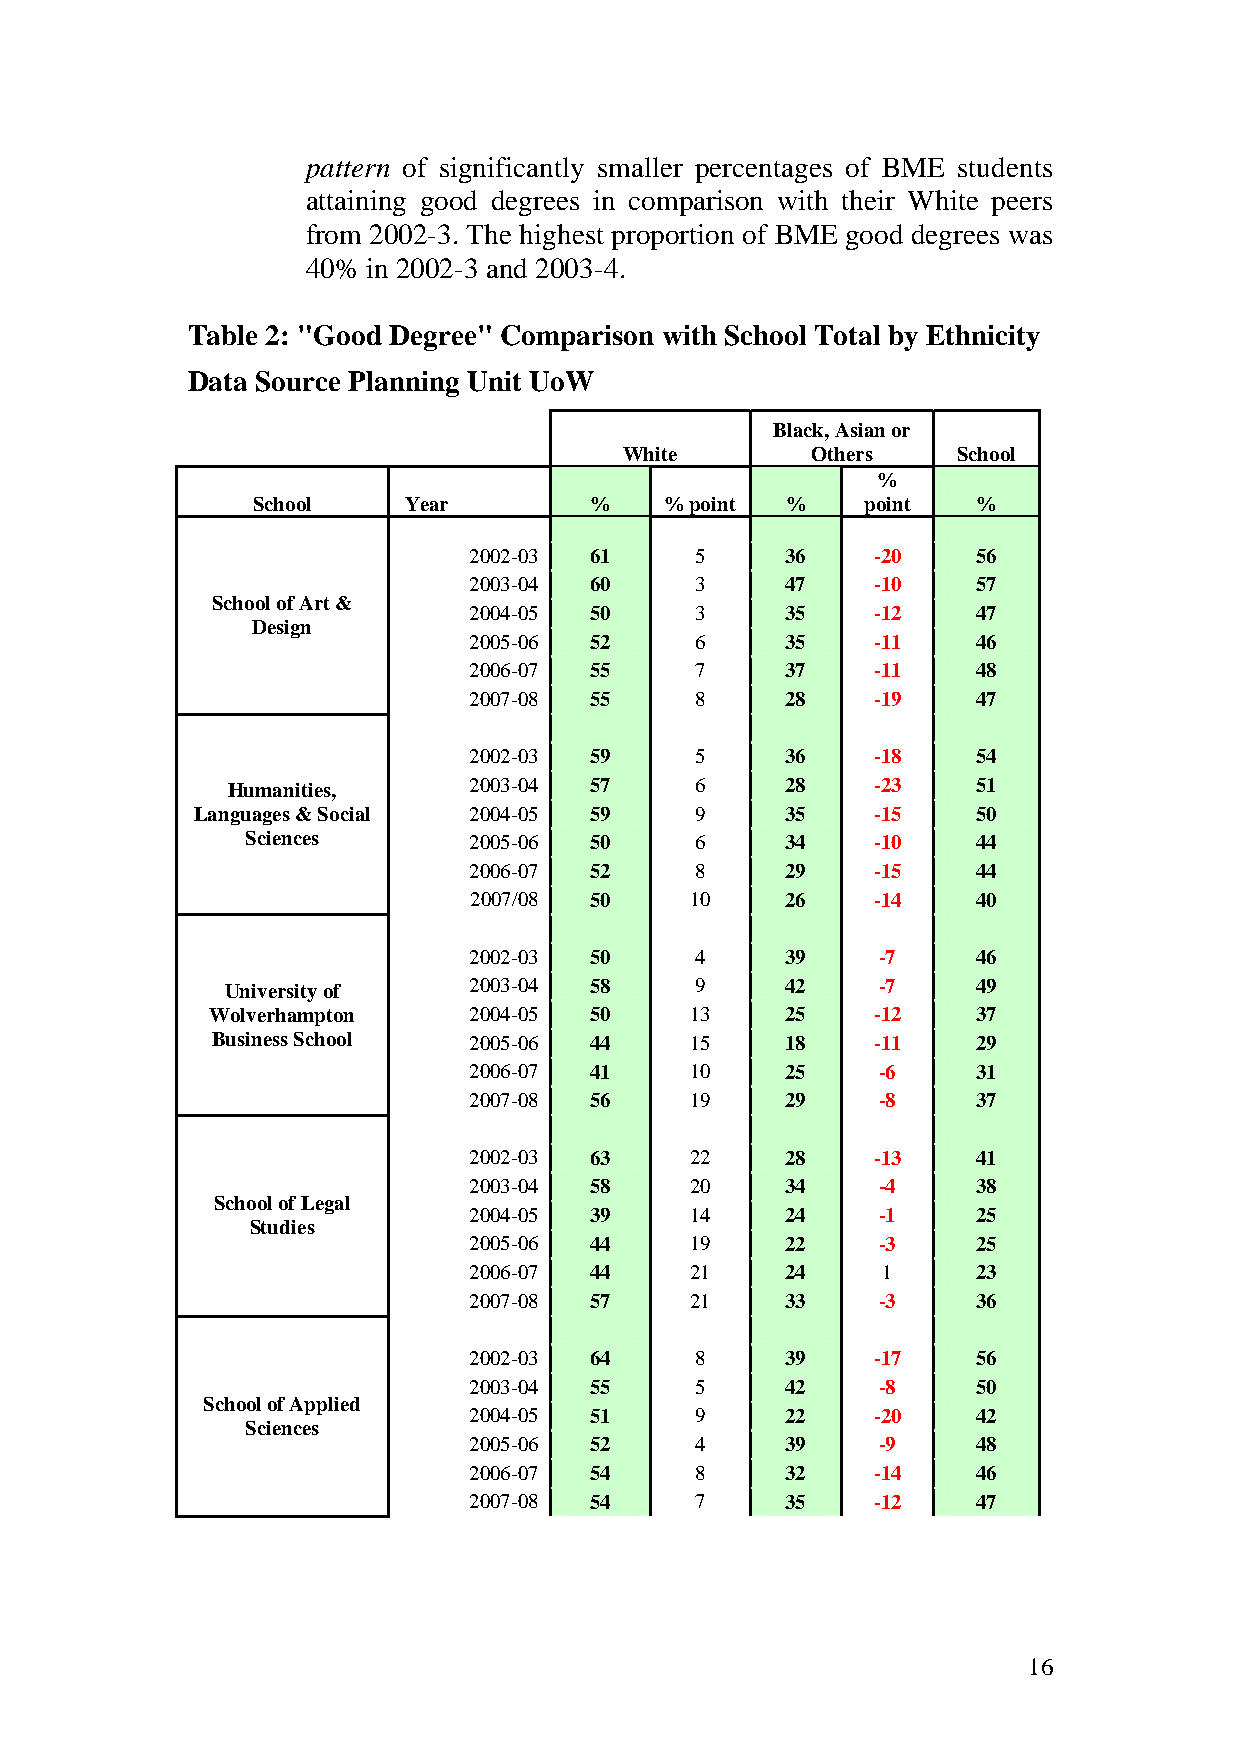
pattern of significantly smaller percentages of BME students
 attaining good degrees in comparison with their White peers
 from 2002-3. The highest proportion of BME good degrees was
 40% in 2002-3 and 2003-4.
 Table 2: "Good Degree" Comparison with School Total by Ethnicity
 Data Source Planning Unit UoW
 Black, Asian or
 White        Others   School
 %
 School    Year        %    % point %    point   %
 2002-03 61     5     36    -20    56
 2003-04 60     3     47    -10    57
 School of Art &
 2004-05 50     3     35    -12    47
 Design
 2005-06 52     6     35    -11    46
 2006-07 55     7     37    -11    48
 2007-08 55     8     28    -19    47
 2002-03 59     5     36    -18    54
 Humanities,     2003-04 57     6     28    -23    51
 Languages & Social 2004-05 59    9     35    -15    50
 Sciences       2005-06 50     6     34    -10    44
 2006-07 52     8     29    -15    44
 2007/08 50     10    26    -14    40
 2002-03 50     4     39    -7     46
 University of   2003-04 58     9     42    -7     49
 Wolverhampton    2004-05 50     13    25    -12    37
 Business School  2005-06 44     15    18    -11    29
 2006-07 41     10    25    -6     31
 2007-08 56     19    29    -8     37
 2002-03 63     22    28    -13    41
 2003-04 58     20    34    -4     38
 School of Legal
 2004-05 39     14    24    -1     25
 Studies
 2005-06 44     19    22    -3     25
 2006-07 44     21    24    1      23
 2007-08 57     21    33    -3     36
 2002-03 64     8     39    -17    56
 2003-04 55     5     42    -8     50
 School of Applied
 2004-05 51     9     22    -20    42
 Sciences
 2005-06 52     4     39    -9     48
 2006-07 54     8     32    -14    46
 2007-08 54     7     35    -12    47
 16